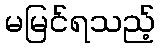
မမြင်ရသည့်